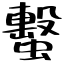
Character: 蟿